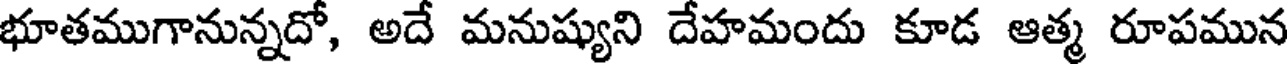
భూతముగానున్నదో, అదే మనుష్యుని దేహమందు కూడ ఆత్మ రూపమున